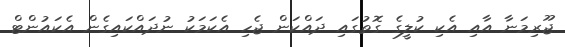
ޖޫރިމަނާ އާއި އެކި ކުލީގެ ގޮތުގައި ދައްކަން ޖެހި އެކަމަކު ނުދައްކައިގެން އެކައުންޓް